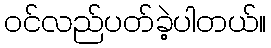
ဝင်လည်ပတ်ခဲ့ပါတယ်။